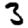
Digit: 3